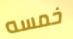
خمسه